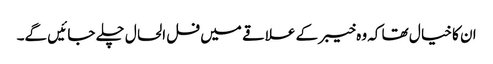
ان کا خیا ل تھا کہ وہ خیبر کے علاقے میں فل الحا ل چلے جا ئیں گے۔